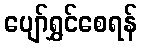
ပျော်ရွှင်စေရန်